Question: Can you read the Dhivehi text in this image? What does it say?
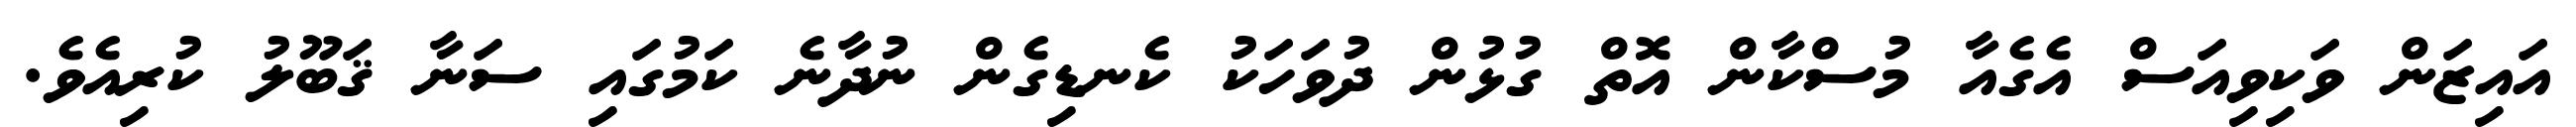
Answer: އައިޒަން ވަކިވިއަސް އެގެއާ މުސްކާން އޮތް ގުޅުން ދުވަހަކު ކެނޑިގެން ނުދާނެ ކަމުގައި ސަނާ ޤަބޫލު ކުރިއެވެ.